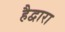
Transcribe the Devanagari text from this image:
हैद्वारा